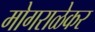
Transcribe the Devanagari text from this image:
मोगराळेकर